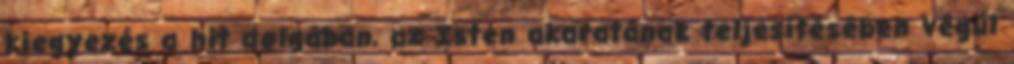
kiegyezés a hit dolgában, az Isten akaratának teljesítésében végül